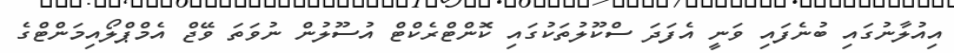
އިއުލާނުގައި ބުނެފައި ވަނީ އެފަދަ ސްކޫލުތަކުގައި ކޮންޓްރެކްޓް އުސޫލުން ނުވަތަ ވޭޖް އެމްޕްލޯއިމަންޓްގެ